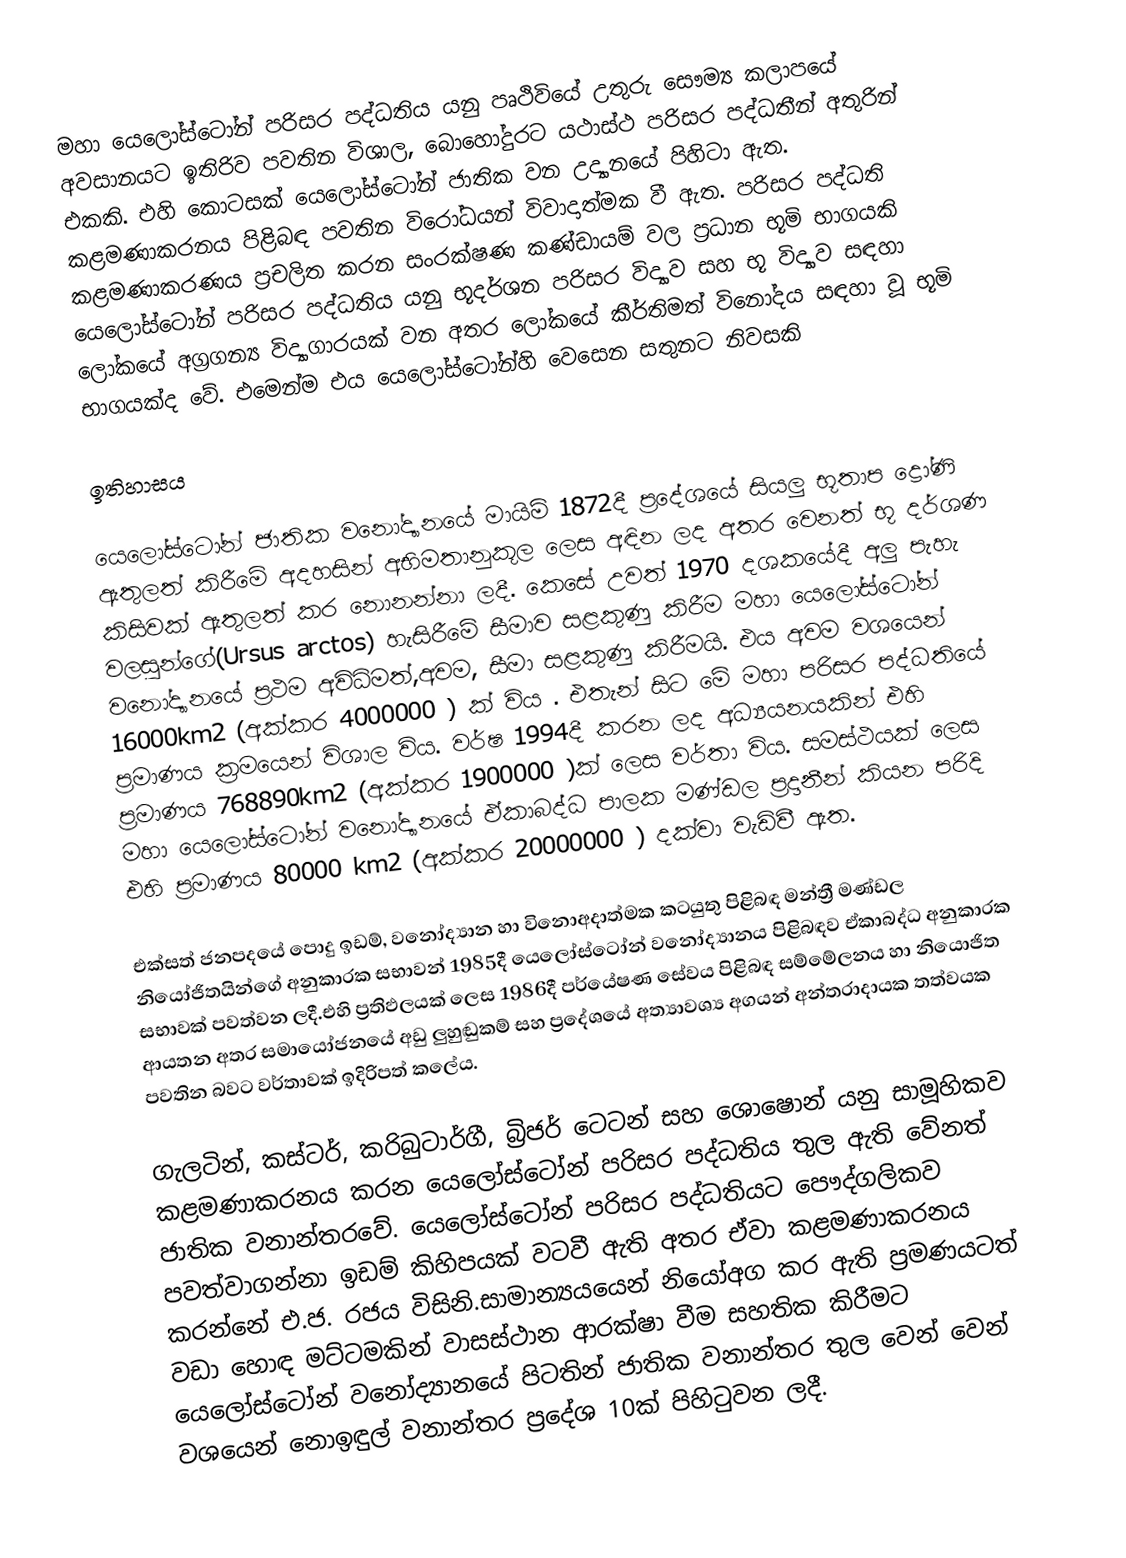
මහා යෙලෝස්ටෝන් පරිසර පද්ධතිය යනු පෘථිවියේ උතුරු සෞම්‍ය කලාපයේ අවසානයට ඉතිරිව පවතින විශාල, බොහෝදුරට යථාස්ථ පරිසර පද්ධතීන්  අතුරින් එකකි. එහි කොටසක් යෙලෝස්ටෝන් ජාතික වන උද්‍යානයේ පිහිටා ඇත. කළමණාකරනය පිළිබඳ පවතින විරෝධයන් විවාදාත්මක වී ඇත. පරිසර පද්ධති කළමණාකරණය ප්‍රචලිත කරන සංරක්ෂණ කණ්ඩායම් වල ප්‍රධාන භූමි භාගයකි යෙලෝස්ටෝන් පරිසර පද්ධතිය  යනු භූදර්ශන පරිසර විද්‍යාව සහ භූ විද්‍යාව සඳහා ලෝකයේ අග්‍රගන්‍ය විද්‍යාගාරයක්  වන අතර ලෝකයේ  කීර්තිමත් විනෝදය සඳහා වූ භූමි භාගයක්ද වේ. එමෙන්ම එය යෙලෝස්ටෝන්හි වෙසෙන සතුනට නිවසකි

ඉතිහාසය

යෙලෝස්ටෝන් ජාතික  වනෝද්‍යානයේ මායිම්  1872දී ප්‍රදේශයේ සියලු භූතාප ද්‍රෝණි ඇතුලත් කිරීමේ අදහසින් අභිමතානුකූල ලෙස අඳින ලද අතර වෙනත් භූ දර්ශණ කිසිවක් ඇතුලත් කර නොනන්නා ලදී. කෙසේ උවත් 1970 දශකයේදී අලු පැහැ වලසුන්ගේ(Ursus arctos) හැසිරීමේ සීමාව සළකුණු කිරීම මහා යෙලෝස්ටෝන්  වනෝද්‍යානයේ ප්‍රථම අවිධිමත්,අවම, සීමා සළකුණු කිරීමයි. එය අවම වශයෙන් 16000km2 (අක්කර 4000000 ) ක් විය . එතැන් සිට මේ මහා පරිසර පද්ධතියේ ප්‍රමාණය ක්‍රමයෙන් විශාල විය.  වර්ෂ  1994දී කරන ලද අධ්‍යයනයකින් එහි ප්‍රමාණය 768890km2 (අක්කර 1900000 )ක් ලෙස වර්තා විය. සමස්ථයක් ලෙස මහා යෙලෝස්ටෝන් වනෝද්‍යානයේ ඒකාබද්ධ පාලක මණ්ඩල ප්‍රදානීන් කියන පරිදි එහි ප්‍රමාණය 80000 km2 (අක්කර 20000000 ) දක්වා වැඩිවී ඇත.

එක්සත් ජනපදයේ පොදු ඉඩම්, වනෝද්‍යාන හා විනොඅදාත්මක කටයුතු පිළිබඳ මන්ත්‍රී මණ්ඩල නියෝජිතයින්ගේ අනුකාරක සභාවන් 1985දී යෙලෝස්ටෝන් වනෝද්‍යානය පිළිබඳව ඒකාබද්ධ අනුකාරක සභාවක් පවත්වන ලදී.එහි ප්‍රතිඵලයක් ලෙස 1986දී පර්යේෂණ සේවය පිළිබඳ සම්මේලනය හා  නියොජිත ආයතන අතර සමායෝජනයේ අඩු ලුහුඬුකම් සහ ප්‍රදේශයේ අත්‍යාවශ්‍ය අගයන් අන්තරාදායක තත්වයක පවතින බවට වර්තාවක් ඉදිරිපත් කලේය.

ගැලටින්, කස්ටර්, කරිබුටාර්ගී, බ්‍රිජර් ටෙටන් සහ ශොෂොන් යනු සාමූහිකව කළමණාකරනය කරන යෙලෝස්ටෝන් පරිසර පද්ධතිය තුල ඇති වේනත් ජාතික වනාන්තරවේ. යෙලෝස්ටෝන් පරිසර පද්ධතියට පෞද්ගලිකව පවත්වාගන්නා ඉඩම් කිහිපයක් වටවී ඇති අතර ඒවා කළමණාකරනය කරන්නේ එ.ජ. රජය විසිනි.සාමාන්‍යයයෙන් නියෝඅග කර ඇති ප්‍රමණයටත් වඩා හොඳ මට්ටමකින් වාසස්ථාන ආරක්ෂා වීම සහතික කිරීමට යෙලෝස්ටෝන් වනෝද්‍යානයේ පිටතින් ජාතික වනාන්තර තුල වෙන් වෙන් වශයෙන් නොඉඳුල් වනාන්තර ප්‍රදේශ 10ක් පිහිටුවන ලදී.